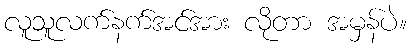
လူသူလက်နက်အင်အား လိုတာ အမှန်ပဲ။